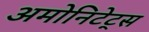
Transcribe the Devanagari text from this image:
अमोनिटेट्स